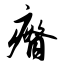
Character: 瘠